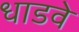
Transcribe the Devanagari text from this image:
धाडवे